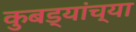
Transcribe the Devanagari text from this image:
कुबड्यांच्या